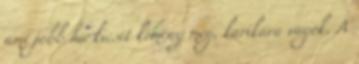
ami jobb ha kicsit kemény még, karikára vágok. A